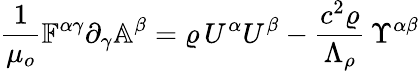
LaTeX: \frac{1}{\mu_{o}}\mathbb{F}^{\alpha\gamma}\partial_{\gamma}\mathbb{A}^{\beta}=\varrho\, U^{\alpha}U^{\beta}-\frac{c^{2}\varrho}{\Lambda_{\rho}}\, \Upsilon^{\alpha\beta}